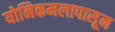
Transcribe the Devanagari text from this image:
योनिकमलापासून